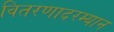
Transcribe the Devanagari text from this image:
वितरणादरम्यान